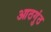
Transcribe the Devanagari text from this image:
आठगुंठ